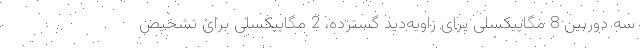
سه دوربین 8 مگاپیکسلی برای زاویه‌دید گسترده، 2 مگاپیکسلی برای تشخیص